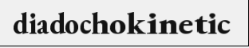
diadochokinetic